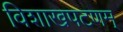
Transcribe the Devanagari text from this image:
विशाखपटणम्‌